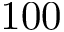
1 0 0